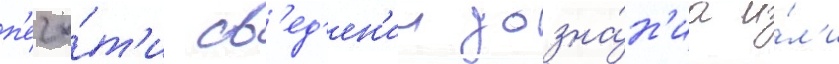
п'еча́т'и св'ед'ен'ии дозна́н'иа и́л'и